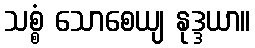
သစ္စံ သောစေယျ နုဒ္ဒယာ။